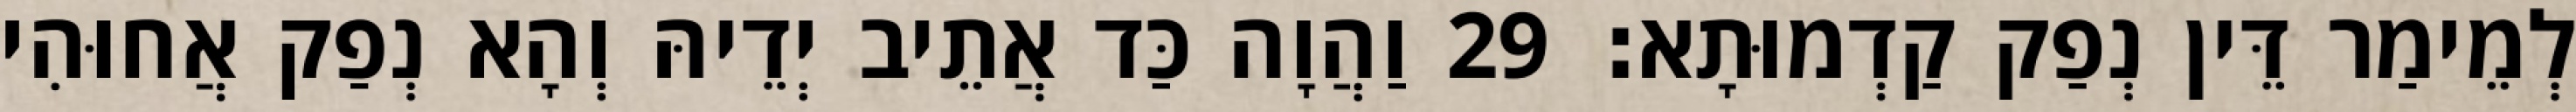
לְמֵימַר דֵּין נְפַק קַדְמוּתָא׃ 29 וַהֲוָה כַּד אֲתֵיב יְדֵיהּ וְהָא נְפַק אֲחוּהִי